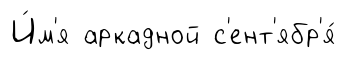
И́м'я аркадной с'ент'ябр'я́